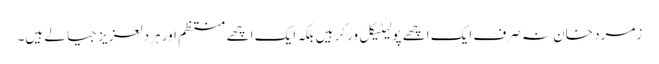
زمرد خان نہ صرف ایک اچھے پولیٹیکل ورکر ہیں بلکہ ایک اچھے منتظم اور ہردلعزیز جیالے ہیں۔